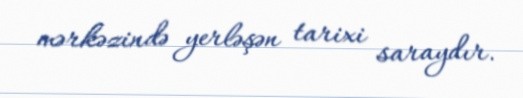
mərkəzində yerləşən tarixi saraydır.